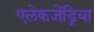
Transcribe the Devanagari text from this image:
एलेकजेंड्रिया